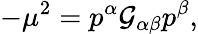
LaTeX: -\mu^{2}=p^{\alpha}\mathcal{G}_{\alpha\beta}p^{\beta},